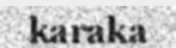
karaka